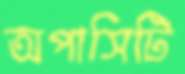
অপাসিটি